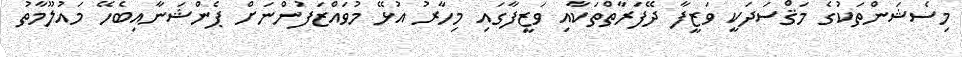
މިސެޝަންތަކުގެ މަޤްސަދަކީ ވަޒީފާ ދޭފަރާތްތަކާއި ވަޒީފާގައި މިހާރު އުޅޭ މުވައްޒަފުންނަށް ޕެންޝަނާއިބެހޭ މައުލޫމާތު